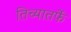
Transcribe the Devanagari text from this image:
तिच्यातर्फे